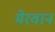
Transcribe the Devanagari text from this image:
मेरवान